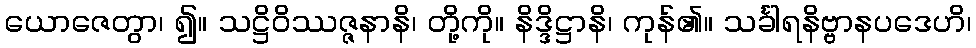
ယောဇေတွာ၊ ၍။ သဋ္ဌိဝိဿဇ္ဇနာနိ၊ တို့ကို။ နိဒ္ဒိဋ္ဌာနိ၊ ကုန်၏။ သင်္ခါရနိဗ္ဗာနပဒေဟိ၊